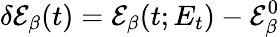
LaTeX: \delta\mathcal{E}_{\beta}(t)=\mathcal{E}_{\beta}(t;E_{t})-\mathcal{E}_{\beta}^{0}